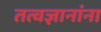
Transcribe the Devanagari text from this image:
तत्वज्ञानांना